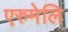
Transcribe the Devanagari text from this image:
एरुमेलि